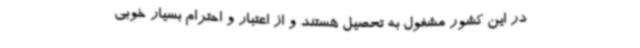
در این کشور مشغول به تحصیل هستند و از اعتبار و احترام بسیار خوبی